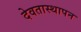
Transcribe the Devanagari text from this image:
देवतास्थापन